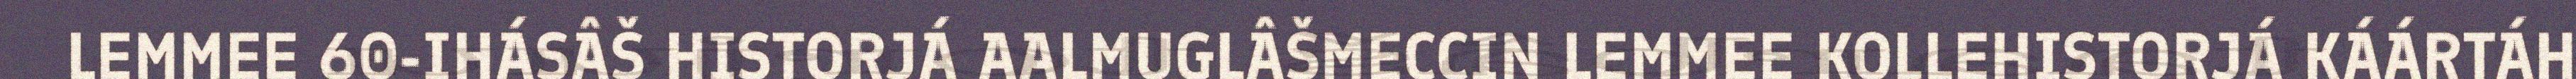
LEMMEE 60-IHÁSÂŠ HISTORJÁ AALMUGLÂŠMECCIN LEMMEE KOLLEHISTORJÁ KÁÁRTÁH